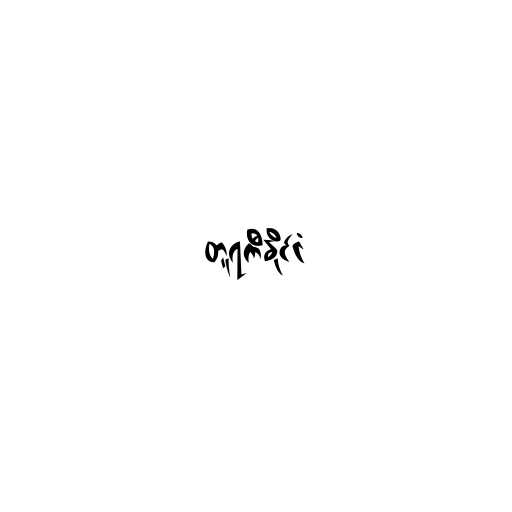
တူရကီနိုင်ငံ